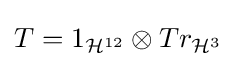
T=1_{{\mathcal {H}}^{12}}\otimes Tr_{{\mathcal {H}}^{3}}